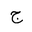
Letter: _gim